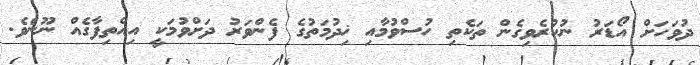
ދުވަހަށް އޯޑަރު ނުކުރެވިގެން ތަކެތި ހުސްވުމާއި ޚިދުމަތުގެ ފެންވަރު ދަށްވުމަކީ އިއްތިފާގެއް ނޫނެވެ.